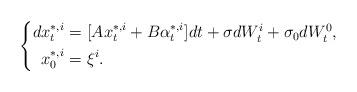
LaTeX: \begin{align*} \left\{ \begin{aligned}dx^{*,i}_t=&~[Ax^{*,i}_t+B\alpha^{*,i}_t]dt+\sigma dW^i_t+\sigma_0dW^0_t,\\ x^{*,i}_0=&~\xi^i. \end{aligned} \right. \end{align*}